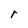
Character: r